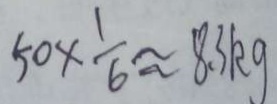
5 0 \times \frac { 1 } { 6 } \approx 8 . 3 k g